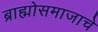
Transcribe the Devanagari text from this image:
ब्राह्मोसमाजाचे